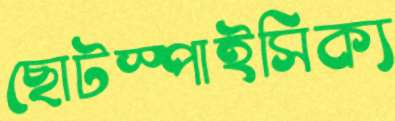
ছোটস্পাইসিক্য